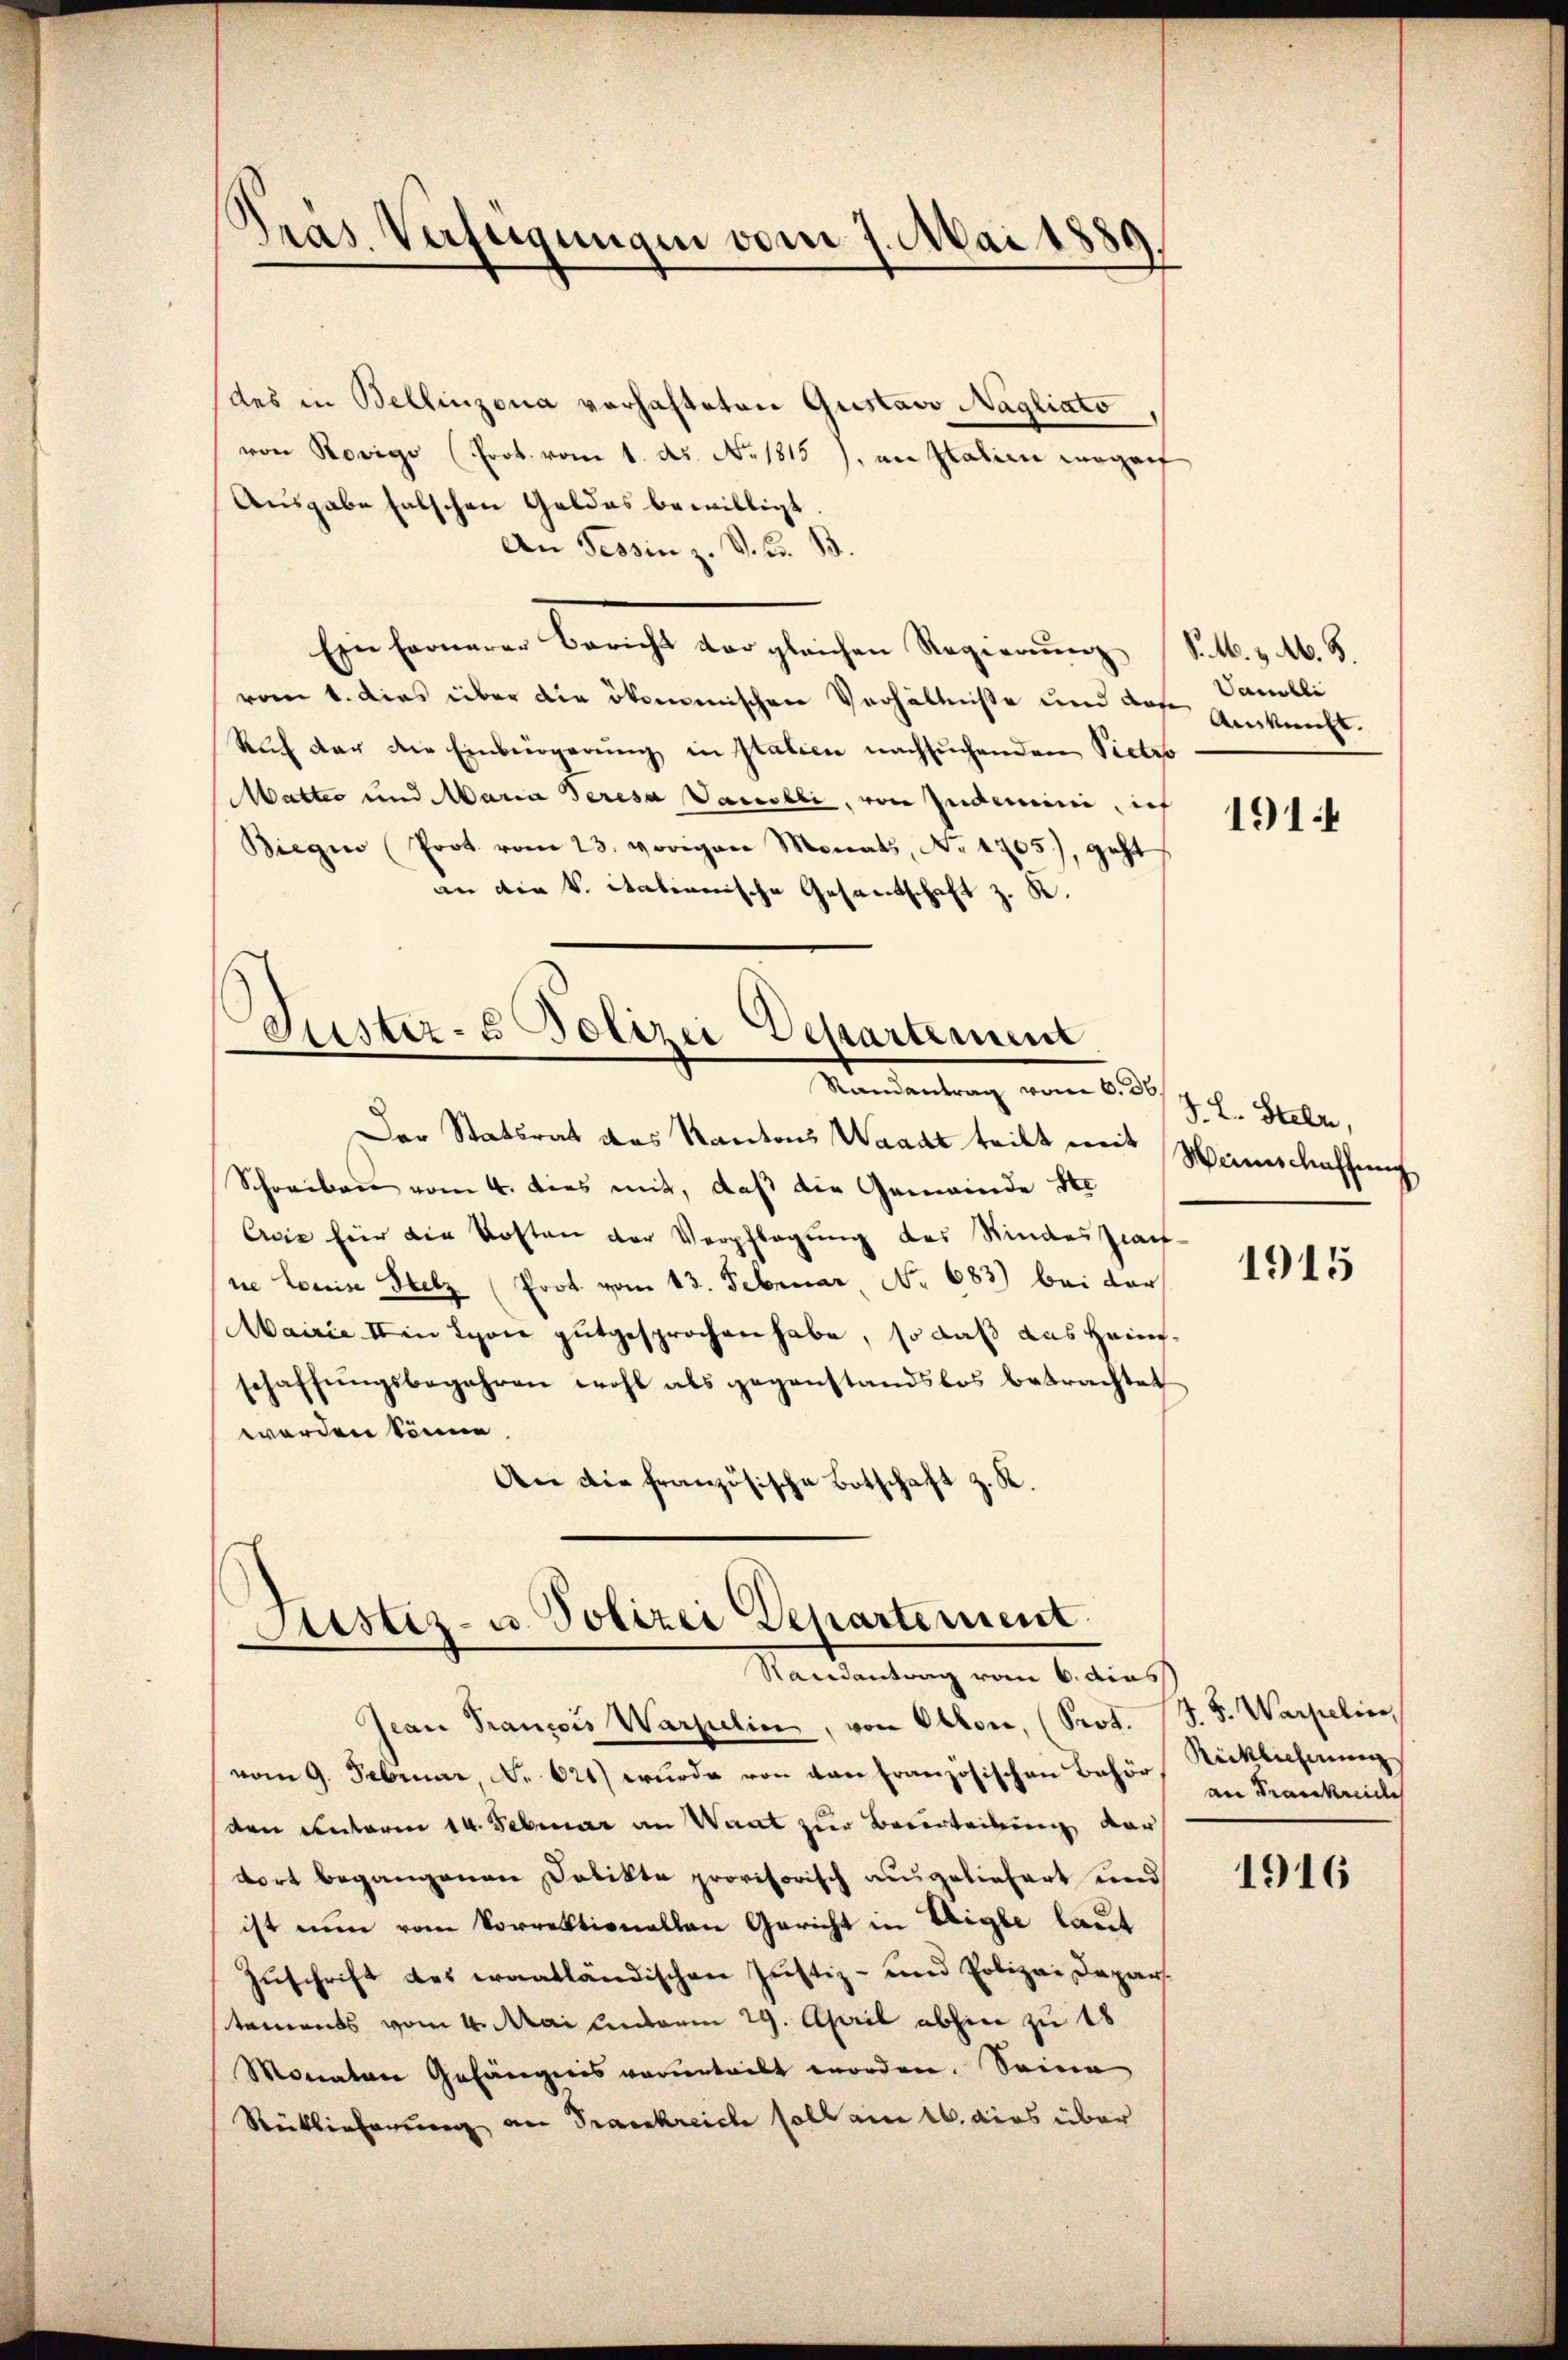
Pras. Verfügungen vom 7. Mai 1880

des in Bellinzona vorhafteten Gustavo Nagliato
von Rovigo (Prot. vom 1. ds. No. 1815), an Italien Lagerf
Ausgabe falschen Geldes bewilligt.
An Tessin z. V. B. B
Ein Fernerer Bericht der gleichen Regierŭng St. & Ab. 8.
vom 1. Dies über die ökomenischen Verhältniße und das
Ruf der die Einbürgerung in Italien nachsuchenden Pietro
Matteo und Maria deresa Vausbli, von Zudemie, ich
Biegen (Prot vom 23. vorigen Monats, No. 1705), geht
an die k. italienische Gesandschaft z. K.

Suster- & Polizei Departement
Vandantrag vom 6. d. J. v. Sale,

Astiz- u. Polizei Departement
Randantrag vom 6. dies

Vambli
Auskunft.

Der Statsrat des Kantons Waadt teilt mit Mannschaffung
Schreiben vom 4. dies mit, daß die Gemeinde Ste
Avis für die Kosten der Verpflegung des Kindeszian-
ie Louise Stelz (Prot vom 13. Februar, No 683) bei der
Mairie II in Lyon gutgesprochen habe, so daß aus Heimschaffŭngsbegehren wohl als gegenstandslos betrachtet
worden könne
An die französische Botschaft z. K.

Jean François Warzulin, von Ollon, (Prot. (S. S. Warpelin,
vom 9. Februar, No 621) wurde von von Französischen Behör
den Unterm 14. Februar an Waat zur Beverteilung der
dort begangenen Delikte provisorisch ausgeliefert und
ist nun vom Vorrektionallen Gericht in Aigle laut
Zuschrift des eraatländischen Justiz- und Polizei Depar
tements vom 4. Mai unterm 29. April abhin zu 18
Monaten Gefängnis verurteilt worden. Seine
Rücklieferung an Frankreich soll am 16. dies über

1914

1915

Rücklicherung
an Frankreiche

1916